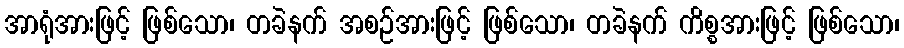
အာရုံအားဖြင့် ဖြစ်သော၊ တခဲနက် အစဉ်အားဖြင့် ဖြစ်သော၊ တခဲနက် ကိစ္စအားဖြင့် ဖြစ်သော၊